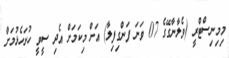
މިމިނިސްޓްރީ (ވެލާނާގޭގެ 07 ވަނަ ފަންގިފިލާ) އަށް މިކަމަށް އެދި ސީވީ ހުށަހެޅުމަށް